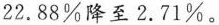
22.88%降至2.71%。